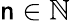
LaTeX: \mathsf{n}\in\mathbb{{N}}